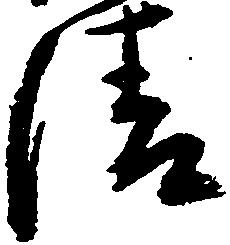
清